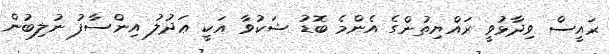
ރައީސް ވިދާޅުވީ ރައްޔިތުންގެ އެންމެ ބޮޑު ޝަކުވާ އަކީ ޢަދުލު އިންސާފު ނުލިބުން